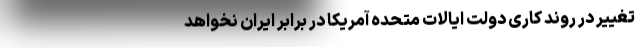
تغییر در روند کاری دولت ایالات متحده آمریکا در برابر ایران نخواهد